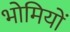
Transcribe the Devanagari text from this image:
भोमियों